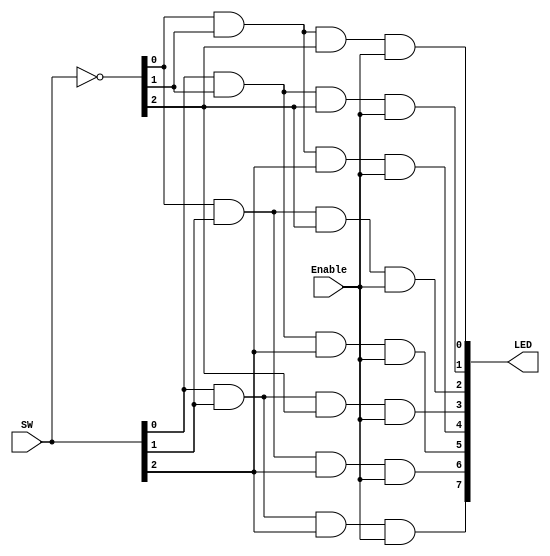
`timescale 1ns / 1ps

module decoder(Enable, SW, LED);


// Define external wires
input wire [0:0] Enable;
input wire [2:0] SW;
output wire [7:0] LED;

// Define internal wires 
wire [2:0] notSW;

// Logic
assign notSW = ~SW;
assign LED[0] = (notSW[0] & notSW[1] & notSW[2]) & Enable;
assign LED[1] = (SW[0] & notSW[1] & notSW[2]) & Enable;
assign LED[2] = (notSW[0] & SW[1] & notSW[2]) & Enable;
assign LED[3] = (SW[0] & SW[1] & notSW[2]) & Enable;
assign LED[4] = (notSW[0] & notSW[1] & SW[2]) & Enable;
assign LED[5] = (SW[0] & notSW[1] & SW[2]) & Enable;
assign LED[6] = (notSW[0] & SW[1] & SW[2]) & Enable;
assign LED[7] = (SW[0] & SW[1] & SW[2]) & Enable;

endmodule